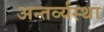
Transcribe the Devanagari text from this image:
अन्तर्व्यस्था